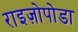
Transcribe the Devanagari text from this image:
राइज़ोपोडा